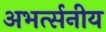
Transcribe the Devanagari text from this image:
अभर्त्सनीय